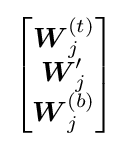
{\begin{bmatrix}{\boldsymbol {W}}_{j}^{(t)}\\{\boldsymbol {W}}_{j}'\\{\boldsymbol {W}}_{j}^{(b)}\\\end{bmatrix}}